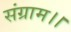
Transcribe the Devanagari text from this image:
संग्राम।।